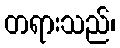
တရားသည်၊